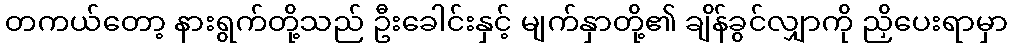
တကယ်တော့ နားရွက်တို့သည် ဦးခေါင်းနှင့် မျက်နှာတို့၏ ချိန်ခွင်လျှာကို ညှိပေးရာမှာ